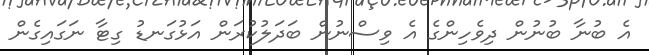
އެ ބުނާ ބުނުން ދިވެހިންގެ އެ ވިސްނުން ބަދަލުކުރަން އަޅުގަނޑު ގިޓާ ނަގައިގެން